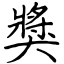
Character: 獎